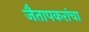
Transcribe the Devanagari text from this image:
जैतापकरांचा